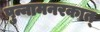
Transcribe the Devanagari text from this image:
पुन्नामनरकात्